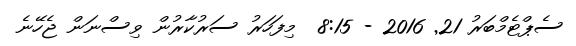
ސެޕްޓެމްބަރު 21